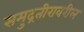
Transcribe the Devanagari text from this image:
समुद्रतीरावरील